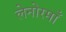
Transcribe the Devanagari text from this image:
लेनोरमाँ